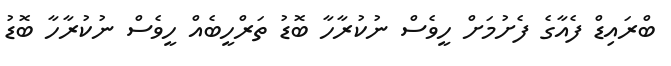
ބްރައިޑް ފެއާގެ ފެށުމަށް ހީވެސް ނުކުރާހާ ބޮޑު ތަރްހީބެއް ހީވެސް ނުކުރާހާ ބޮޑު